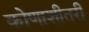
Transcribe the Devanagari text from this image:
कोणाशीतरी